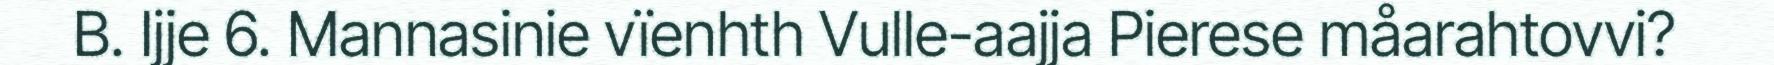
B. Ijje 6. Mannasinie vïenhth Vulle-aajja Pierese måarahtovvi?